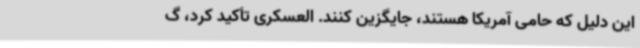
این دلیل که حامی آمریکا هستند، جایگزین کنند. العسکری تأکید کرد، گ